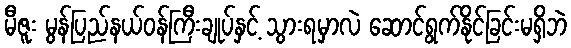
မီဇူး မွန်ပြည်နယ်ဝန်ကြီးချုပ်နှင့် သွားရမှာလဲ ဆောင်ရွက်နိုင်ခြင်းမရှိဘဲ